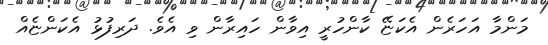
މަންމާ އަހަރެން އެކަޏޭ ކާންހުރީ އިވާން ހައިރާން ވި އެވެ. ދަރިފުޅު އެކަންޏެއް